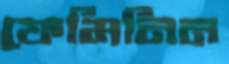
ফেমিনিন